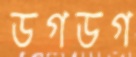
ডগডগ